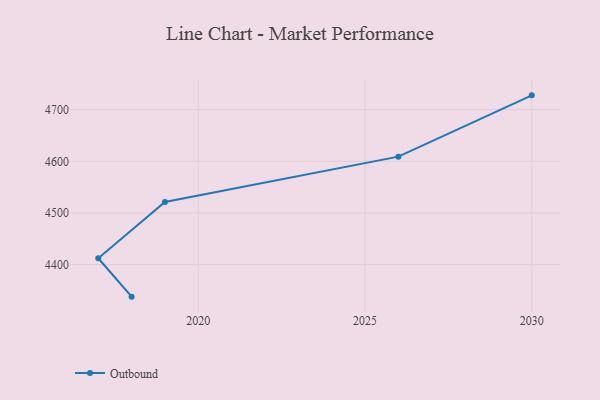
{"axis": {"x": "Year", "y": "LTV (USD)"}, "legend": ["Outbound"], "data": [{"x": "2030", "y": 4727.7, "type": "Outbound"}, {"x": "2026", "y": 4609.0, "type": "Outbound"}, {"x": "2019", "y": 4521.1, "type": "Outbound"}, {"x": "2017", "y": 4412.2, "type": "Outbound"}, {"x": "2018", "y": 4337.9, "type": "Outbound"}]}